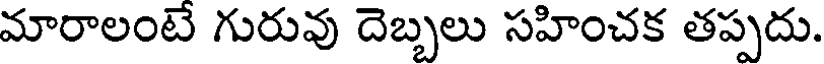
మారాలంటే గురువు దెబ్బలు సహించక తప్పదు.